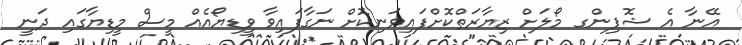
އޭނާ އެ ޝޮޕިންގ މޯލަށް ޒިޔާރަތްކޮށްފައިވަނިކޮށް ނަގާފައިވާ ވީޑިޔޯއެއް މީސް މީޑިޔާގައި ދަނީ